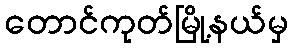
တောင်ကုတ်မြို့နယ်မှ